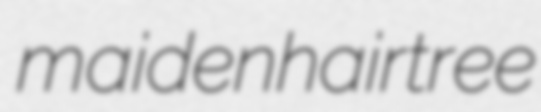
maidenhairtree